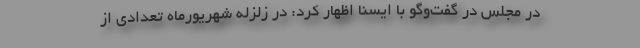
در مجلس در گفت‌وگو با ایسنا اظهار کرد: در زلزله شهریورماه تعدادی از